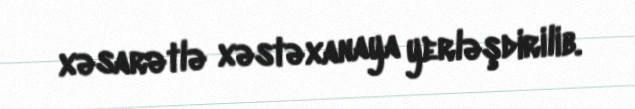
xəsarətlə xəstəxanaya yerləşdirilib.